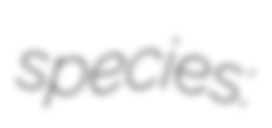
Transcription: species: